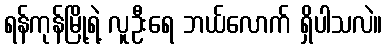
ရန်ကုန်မြို့ရဲ့ လူဦးရေ ဘယ်လောက် ရှိပါသလဲ။